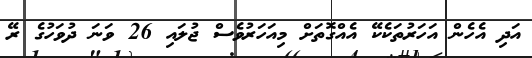
އަދި އެހެން އަހަރުތަކެކޭ އެއްގޮތަށް މިއަހަރުވެސް ޖުލައި 26 ވަނަ ދުވަހުގެ ރޭ